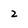
Character: 2